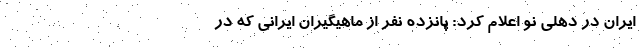
ایران در دهلی نو اعلام کرد: پانزده نفر از ماهیگیران ایرانی که در